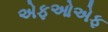
એફઓએફ